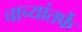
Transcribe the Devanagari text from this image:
चाच्यांतर्फे